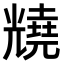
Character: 𫤦